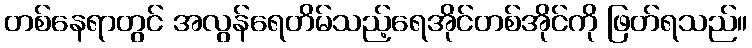
တစ်နေရာတွင် အလွန်ရေတိမ်သည့်ရေအိုင်တစ်အိုင်ကို ဖြတ်ရသည်။